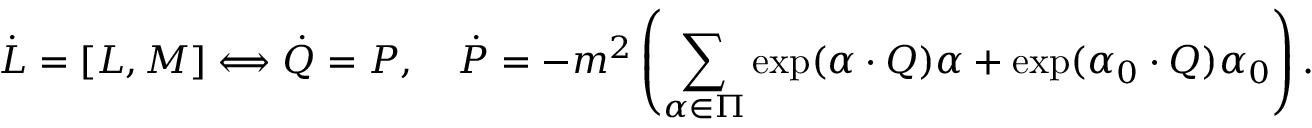
\dot { L } = [ L , M ] \Longleftrightarrow \dot { Q } = P , \quad \dot { P } = - m ^ { 2 } \left( \sum _ { \alpha \in \Pi } \exp ( { \alpha \cdot Q } ) \alpha + \exp ( { \alpha _ { 0 } \cdot Q } ) \alpha _ { 0 } \right) .